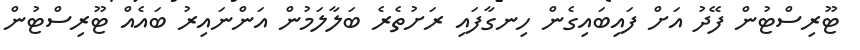
ޓޫރިސްޓުން ފޭދު އަށް ފައިބައިގެން ހިނގާފައި ރަށުތެރެ ބަލާލަމުން އަންނައިރު ބައެއް ޓޫރިސްޓުން